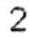
2